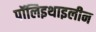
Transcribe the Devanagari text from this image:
पॉलिइथाइलीन